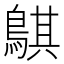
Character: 鶀